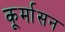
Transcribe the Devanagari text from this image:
कूर्मासन